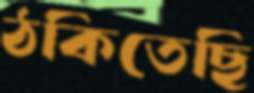
ঠকিতেছি